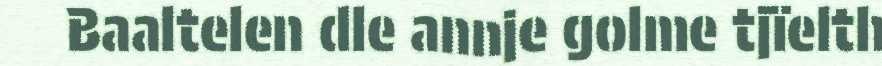
Baaltelen dle annje golme tjïelth